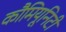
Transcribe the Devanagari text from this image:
कौमियूनिटी